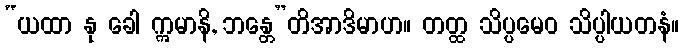
“ယထာ နု ခေါ ဣမာနိ, ဘန္တေ”တိအာဒိမာဟ။ တတ္ထ သိပ္ပမေဝ သိပ္ပါယတနံ။